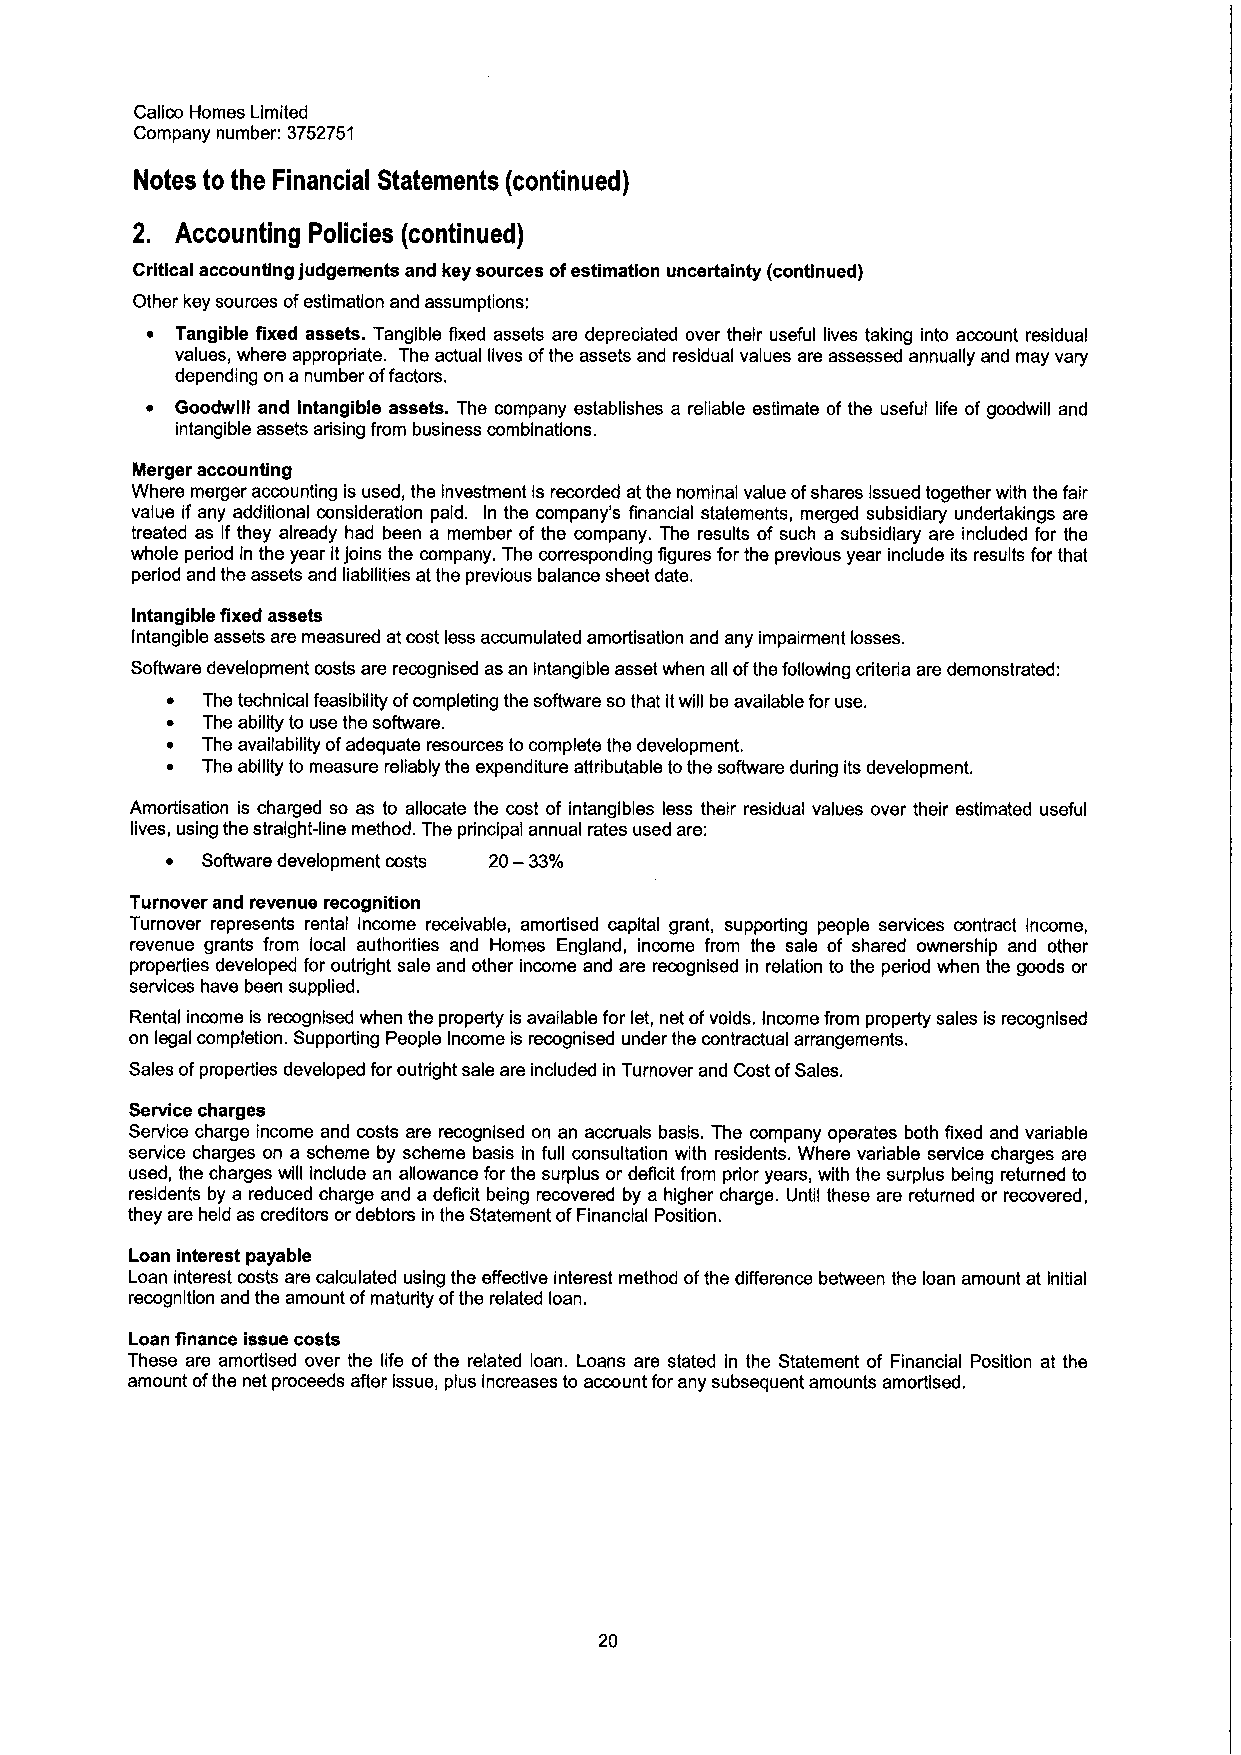
Calico Homes Limited
 Company number: 3752751
 Notes to the Financial Statements (continued)
 2. Accounting Policies (continued)
 Critical accounting judgements and key sources ofestimation uncertainty (continued)
 Other key sources ofestimation and assumptions:
 ~ Tangible fixed assets. Tangible fixed assets are depreciated over their useful lives taking into account residual
 values, where appropriate. The actual lives ofthe assets and residual values are assessed annually and may vary
 depending on a number offactors,
 ~ Goodwill and Intangible assets. The company establishes a reliable estimate of the useful life of goodwill and
 intangible assets arising from business combinations.
 Merger accounting
 Where merger accounting is used, the investment is recorded at the nominal value ofshares issued together with the fair
 value if any additional consideration paid. In the company's financial statements, merged subsidiary undertaldngs are
 treated as if they already had been a member of the company. The results of such a subsidiary are included for the
 whole period in the year itjoins the company. The corresponding figures for the previous year include its results for that
 period and the assets and liabilities at the previous balance sheet date,
 Intangible fixed assets
 Intangible assets are measured at cost less accumulated amortisatlon and any impairment losses.
 Software development costs are recognised as an intangible asset when all ofthe following criteria are demonstrated:
 ~ The technical feasibility ofcompleting the software sothat itwill be available for use.
 ~ The ability to use the software.
 ~ The availability ofadequate resources tocomplete the development.
 ~ The ability to measure reliably the expenditure attributable tothe software during its development.
 Amoitisation is charged so as to allocate the cost of intangibles less their residual values over their estimated useful
 lives, using the straight-line method. The principal annual rates used are:
 ~ Software development costs 20—33%
 Turnover and revenue recognition
 Turnover represents rental income receivable, amortised capital grant, supporting people services contract income,
 revenue grants from local authorities and Homes England, income from the sale of shared ownership and other
 properties developed for outright sale and other income and are recognised in relation to the period when the goods or
 services have been supplied.
 Rental income is recognised when the property is available for let, net ofvoids. Income from property sales is recognised
 on legal completion. Supporting People Income is recognised under the contractual arrangements.
 Sales ofproperties developed for outright sale are included in Turnover and Cost ofSales.
 Service charges
 Service charge income and costs are recognised on an accruals basis. The company operates both fixed and variable
 service charges on a scheme by scheme basis in full consultation with residents. Where variable service charges are
 used, the charges will include an allowance for the surplus or deficit from prior years, with the surplus being returned to
 residents by a reduced charge and a deficit being recovered by a higher charge. Until these are returned or recovered,
 they are held as creditors ordebtors in the Statement ofFinancial Position.
 Loan interest payable
 Loan interest costs are calculated using the effective interest method ofthe difference between the loan amount at initial
 recognltlon and the amount ofmaturity ofthe related loan.
 Loan finance issue costs
 These are amortlsed over the life of the related loan. Loans are stated in the Statement of Financial Position at the
 amount ofthe net proceeds after issue, plus increases to account for any subsequent amounts amortlsed.
 20